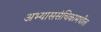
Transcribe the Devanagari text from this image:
अभ्याससंचिकामधील